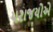
પરાજયોએ